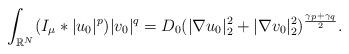
LaTeX: \begin{align*}\int_{\mathbb{R}^N}(I_\mu*|u_0|^{p})|v_0|^{q}=D_0(|\nabla u_0|^2_2+|\nabla v_0|^2_2)^{\frac{\gamma_p+\gamma_q}{2}}.\end{align*}